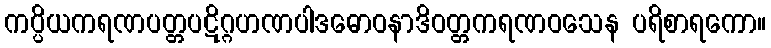
ကပ္ပိယကရဏပတ္တပဋိဂ္ဂဟဏပါဒဓောဝနာဒိဝတ္တကရဏဝသေန ပရိစာရကော။